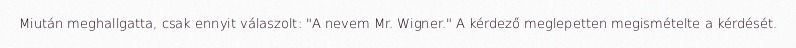
Miután meghallgatta, csak ennyit válaszolt: "A nevem Mr. Wigner." A kérdező meglepetten megismételte a kérdését.